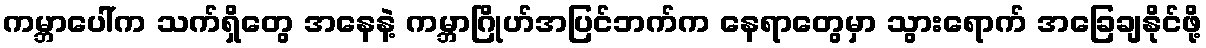
ကမ္ဘာပေါ်က သက်ရှိတွေ အနေနဲ့ ကမ္ဘာဂြိုဟ်အပြင်ဘက်က နေရာတွေမှာ သွားရောက် အခြေချနိုင်ဖို့